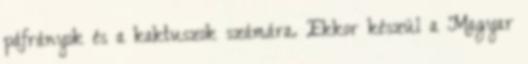
páfrányok és a kaktuszok számára. Ekkor készül a Magyar